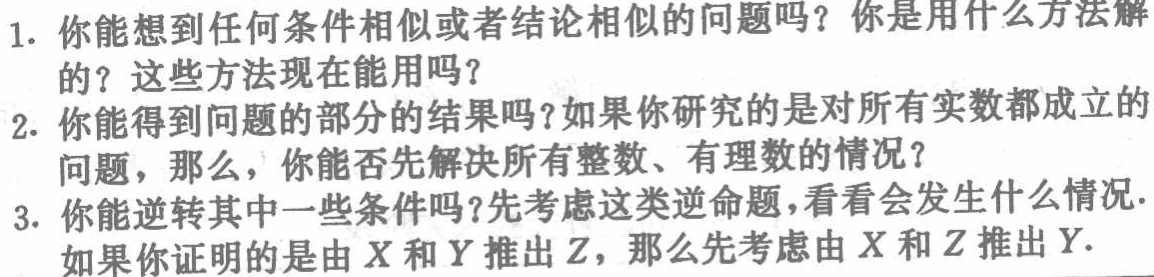
1. 你能想到任何条件相似或者结论相似的问题吗？你是用什么方法解的？这些方法现在能用吗？

2. 你能得到问题的部分的结果吗？如果你研究的是对所有实数都成立的问题，那么，你能否先解决所有整数、有理数的情况？

3. 你能逆转其中一些条件吗？先考虑这类逆命题，看看会发生什么情况. 如果你证明的是由 \(X\) 和 \(Y\) 推出 \(Z\)，那么先考虑由 \(X\) 和 \(Z\) 推出 \(Y\).